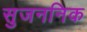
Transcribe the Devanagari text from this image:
सुजननिक